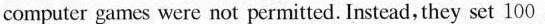
computer games were not permitted. Instead, they set 100